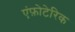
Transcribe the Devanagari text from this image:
एंफ़ोटेरिक